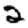
Digit: 2